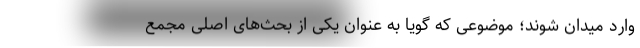
وارد میدان شوند؛ موضوعی که گویا به عنوان یکی از بحث‌های اصلی مجمع